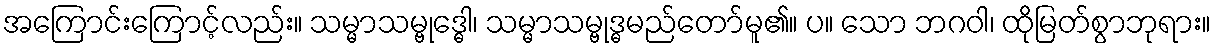
အကြောင်းကြောင့်လည်း။ သမ္မာသမ္ဗုဒ္ဓေါ၊ သမ္မာသမ္ဗုဒ္ဓမည်တော်မူ၏။ ပ။ သော ဘဂဝါ၊ ထိုမြတ်စွာဘုရား။